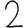
Digit: 2